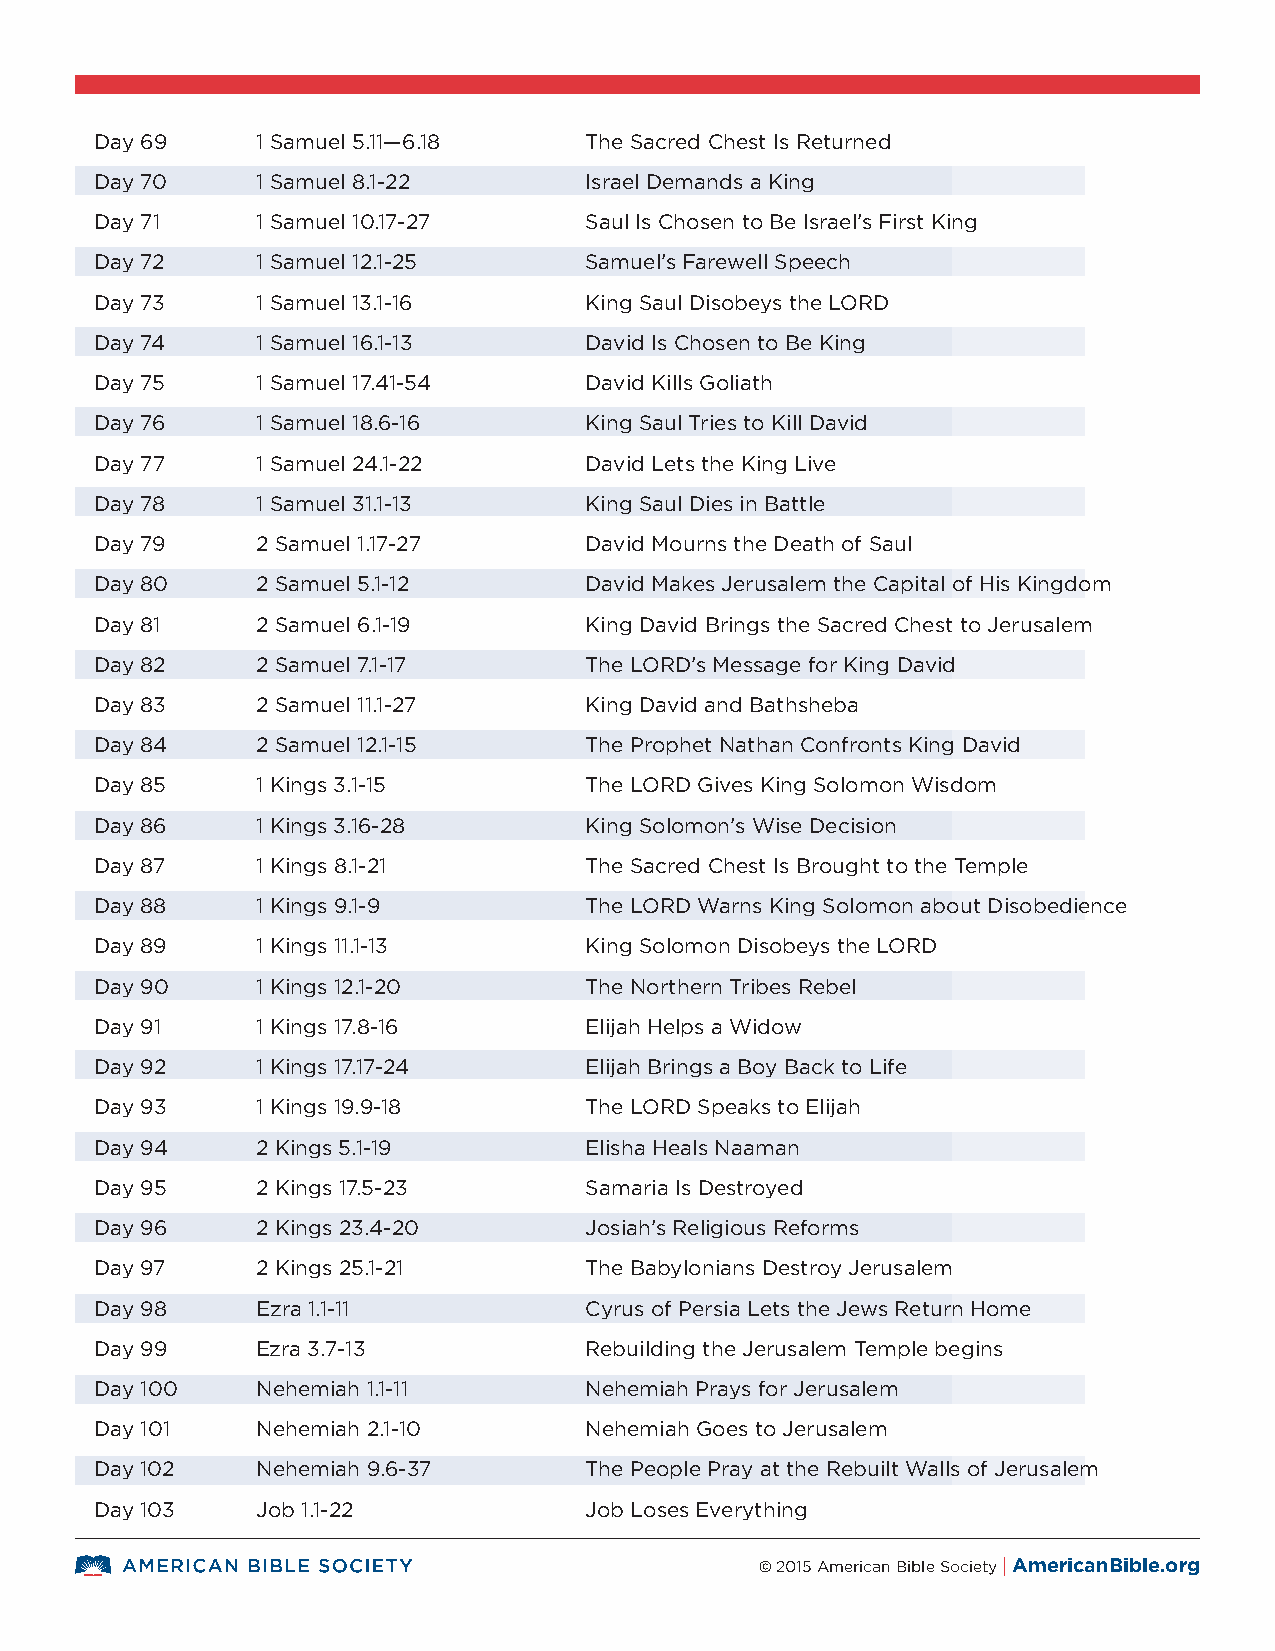
Day 69     1 Samuel 5.11—6.18    The Sacred Chest Is Returned
 Day 70     1 Samuel 8.1-22       Israel Demands a King
 Day 71     1 Samuel 10.17-27     Saul Is Chosen to Be Israel’s First King
 Day 72     1 Samuel 12.1-25      Samuel’s Farewell Speech
 Day 73     1 Samuel 13.1-16      King Saul Disobeys the LORD
 Day 74     1 Samuel 16.1-13      David Is Chosen to Be King
 Day 75     1 Samuel 17.41-54     David Kills Goliath
 Day 76     1 Samuel 18.6-16      King Saul Tries to Kill David
 Day 77     1 Samuel 24.1-22      David Lets the King Live
 Day 78     1 Samuel 31.1-13      King Saul Dies in Battle
 Day 79     2 Samuel 1.17-27      David Mourns the Death of Saul
 Day 80     2 Samuel 5.1-12       David Makes Jerusalem the Capital of His Kingdom
 Day 81     2 Samuel 6.1-19       King David Brings the Sacred Chest to Jerusalem
 Day 82     2 Samuel 7.1-17       The LORD’s Message for King David
 Day 83     2 Samuel 11.1-27      King David and Bathsheba
 Day 84     2 Samuel 12.1-15      The Prophet Nathan Confronts King David
 Day 85     1 Kings 3.1-15        The LORD Gives King Solomon Wisdom
 Day 86     1 Kings 3.16-28       King Solomon’s Wise Decision
 Day 87     1 Kings 8.1-21        The Sacred Chest Is Brought to the Temple
 Day 88     1 Kings 9.1-9         The LORD Warns King Solomon about Disobedience
 Day 89     1 Kings 11.1-13       King Solomon Disobeys the LORD
 Day 90     1 Kings 12.1-20       The Northern Tribes Rebel
 Day 91     1 Kings 17.8-16       Elijah Helps a Widow
 Day 92     1 Kings 17.17-24      Elijah Brings a Boy Back to Life
 Day 93     1 Kings 19.9-18       The LORD Speaks to Elijah
 Day 94     2 Kings 5.1-19        Elisha Heals Naaman
 Day 95     2 Kings 17.5-23       Samaria Is Destroyed
 Day 96     2 Kings 23.4-20       Josiah’s Religious Reforms
 Day 97     2 Kings 25.1-21       The Babylonians Destroy Jerusalem
 Day 98     Ezra 1.1-11           Cyrus of Persia Lets the Jews Return Home
 Day 99     Ezra 3.7-13           Rebuilding the Jerusalem Temple begins
 Day 100    Nehemiah 1.1-11       Nehemiah Prays for Jerusalem
 Day 101    Nehemiah 2.1-10       Nehemiah Goes to Jerusalem
 Day 102    Nehemiah 9.6-37       The People Pray at the Rebuilt Walls of Jerusalem
 Day 103    Job 1.1-22            Job Loses Everything
 © 2015 American Bible Society | AmericanBible.org